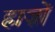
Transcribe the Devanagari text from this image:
हाज़ों